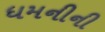
ધમનીની